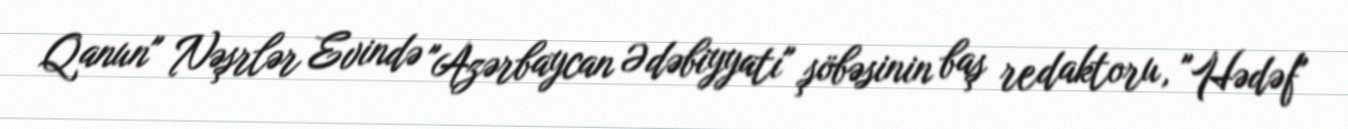
Qanun" Nəşrlər Evində "Azərbaycan Ədəbiyyatı" şöbəsinin baş redaktoru, "Hədəf"